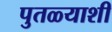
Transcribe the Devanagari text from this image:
पुतळ्याशी